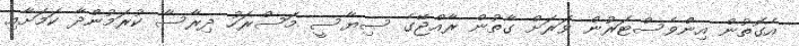
އެގޮތުން އިންވެސްޓަރުން ވަރަށް ގާތުން ރާއްޖޭގެ ސިޔާސީ މަސްރަހު ދިރާސާ ކުރަމުންދާ ކަމަށާއި